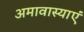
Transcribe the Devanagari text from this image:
अमावास्याएं